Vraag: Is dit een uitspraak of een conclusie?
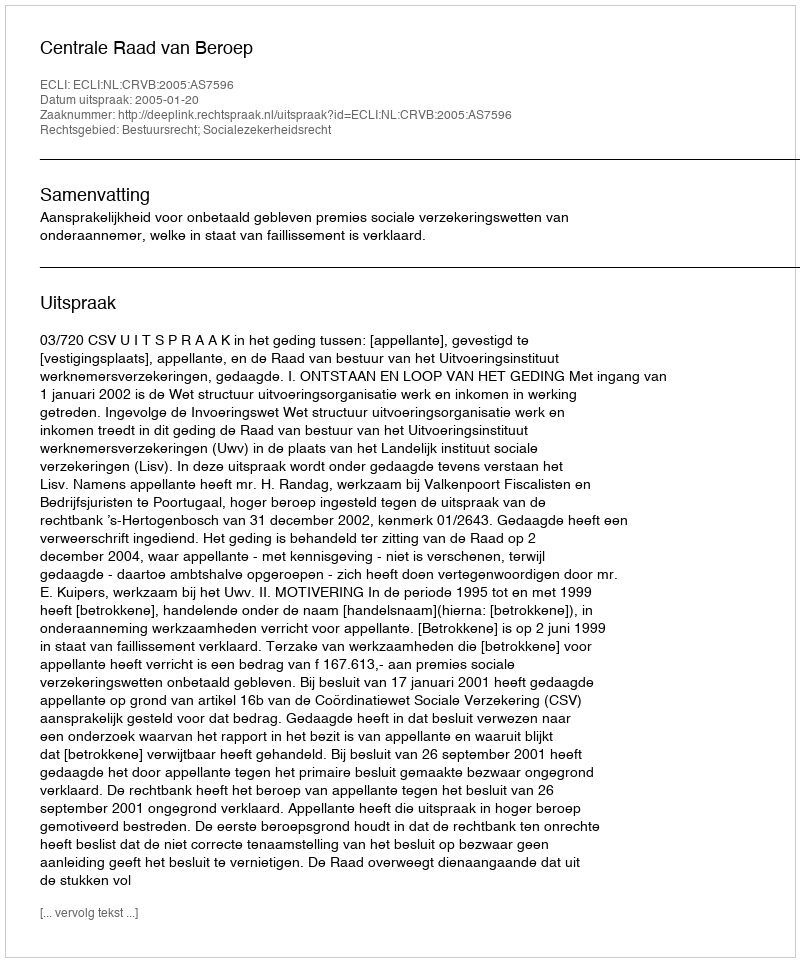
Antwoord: Uitspraak